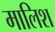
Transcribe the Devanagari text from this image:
मालिश्‍ा